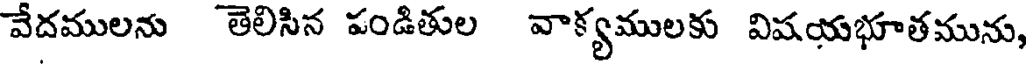
వేదములను తెలిసిన పండితుల వాక్యములకు విషయభూతమును,